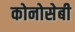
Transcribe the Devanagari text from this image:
कोनोसेबी